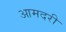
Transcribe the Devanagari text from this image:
आमदरी